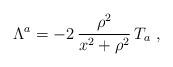
LaTeX: \begin{align*}\Lambda^a = - 2 \, \frac{\rho^2}{x^2+\rho^2} \, T_a \ ,\end{align*}